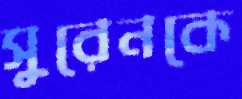
সুরেনকে